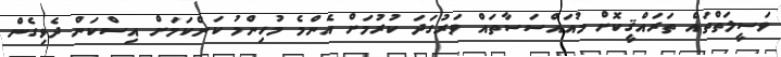
ވަސީލަތްތައް ތަރައްޤީކޮށް މުއައްސަސާތައް ވަރުގަދަ ކުރުމަށް އެންމެ މުހިންމު ކަންކަމަށް އިސްކަން ދެވިގެން